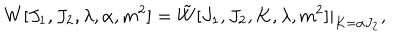
W [ J _ { 1 } , J _ { 2 } , \lambda , \alpha , m ^ { 2 } ] = \tilde { W } [ J _ { 1 } , J _ { 2 } , K , \lambda , m ^ { 2 } ] | _ { K = \alpha J _ { 2 } } ,